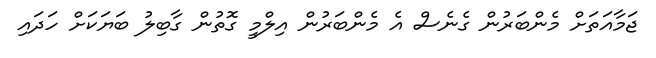
ޖަމާއަތަށް މެންބަރުން ގެނެސް އެ މެންބަރުން އިލްމީ ގޮތުން ގާބިލު ބަޔަކަށް ހަދައި